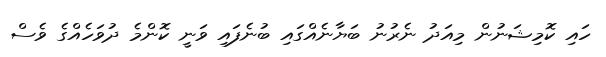
ހައި ކޮމިޝަނުން މިއަދު ނެރުނު ބަޔާނެއްގައި ބުނެފައި ވަނީ ކޮންމެ ދުވަހެއްގެ ވެސް